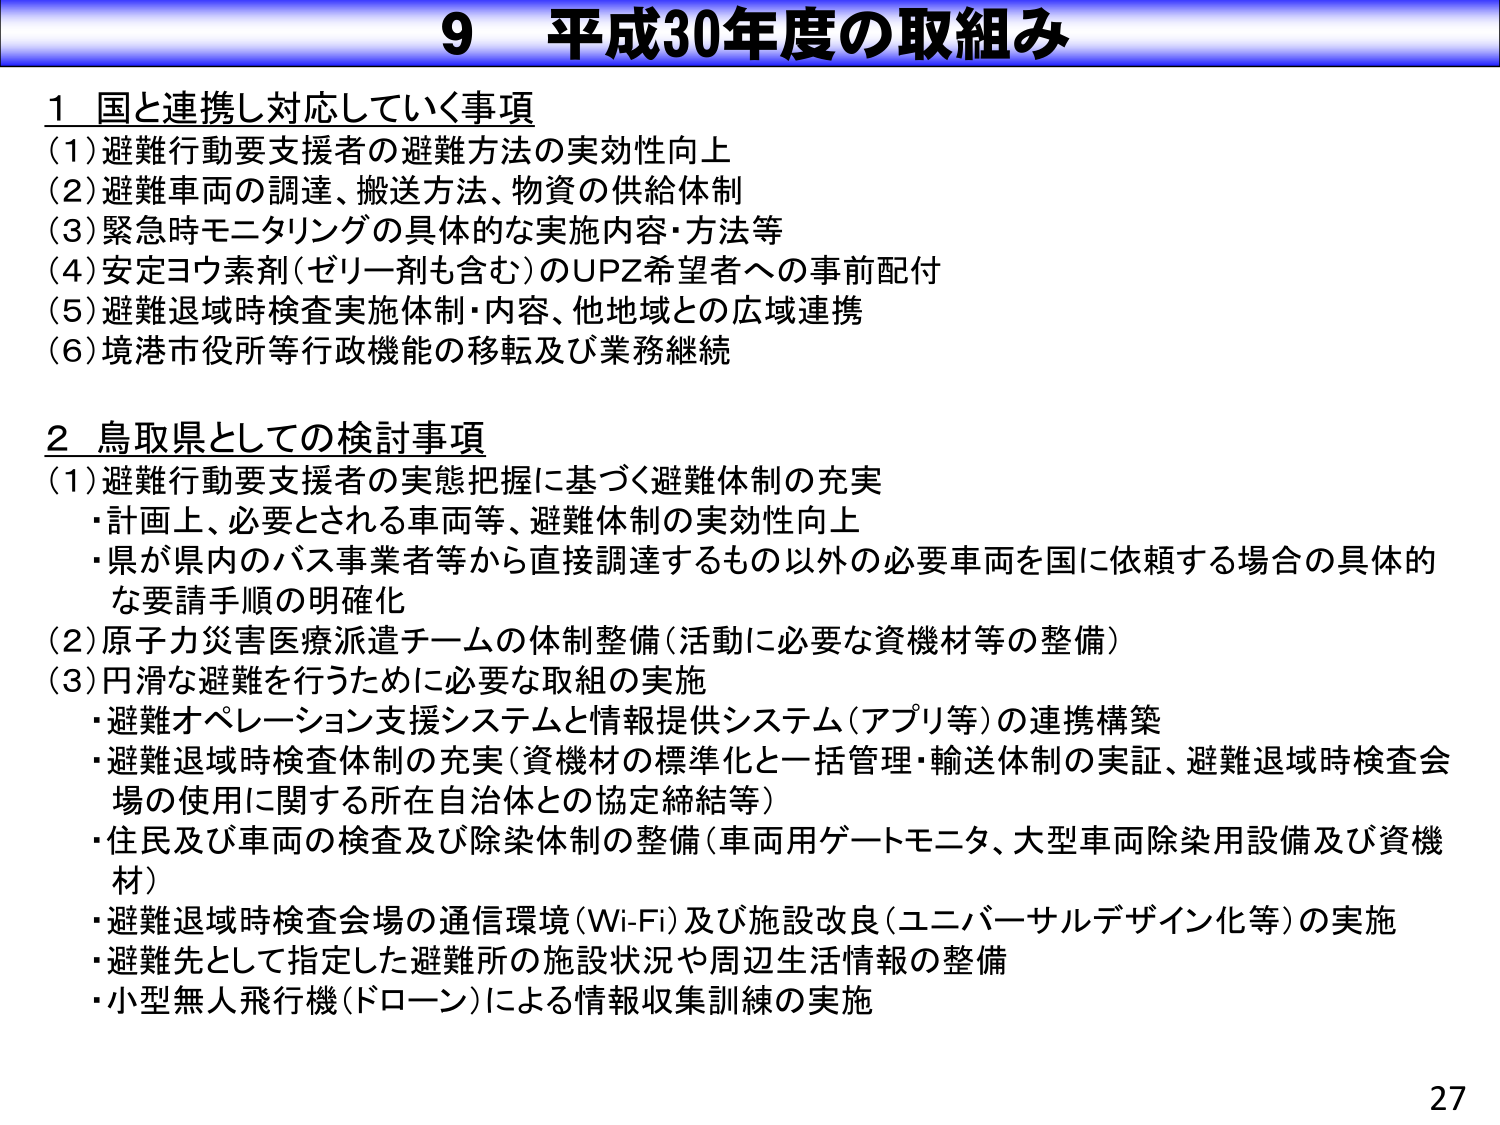
9 平成30年度の取組み

1 国と連携し対応していく事項
(1) 避難行動要支援者の避難方法の実効性向上
(2) 避難車両の調達、搬送方法、物資の供給体制
(3) 緊急時モニタリングの具体的な実施内容・方法等
(4) 安定ヨウ素剤（ゼリー剤も含む）のUPZ希望者への事前配付
(5) 避難退域時検査実施体制・内容、他地域との広域連携
(6) 境港市役所等行政機能の移転及び業務継続

2 鳥取県としての検討事項
(1) 避難行動要支援者の実態把握に基づく避難体制の充実
・計画上、必要とされる車両等、避難体制の実効性向上
・県が県内のバス事業者等から直接調達するもの以外の必要車両を国に依頼する場合の具体的な要請手順の明確化
(2) 原子力災害医療派遣チームの体制整備（活動に必要な資機材等の整備）
(3) 円滑な避難を行うために必要な取組の実施
・避難オペレーション支援システムと情報提供システム（アプリ等）の連携構築
・避難退域時検査体制の充実（資機材の標準化と一括管理・輸送体制の実証、避難退域時検査会場の使用に関する所在自治体との協定締結等）
・住民及び車両の検査及び除染体制の整備（車両用ゲートモニタ、大型車両除染用設備及び資機材）
・避難退域時検査会場の通信環境（Wi-Fi）及び施設改良（ユニバーサルデザイン化等）の実施
・避難先として指定した避難所の施設状況や周辺生活情報の整備
・小型無人飛行機（ドローン）による情報収集訓練の実施

27